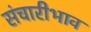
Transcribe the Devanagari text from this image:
संचारीभाव